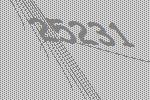
25231